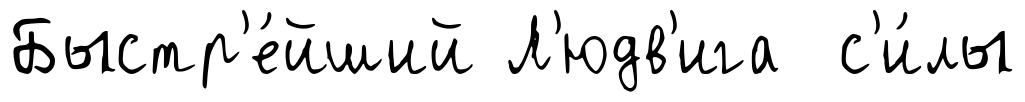
Быстр'е́йший Л'юдв'ига с'и́лы